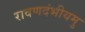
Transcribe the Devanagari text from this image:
रावणदंभीयमु